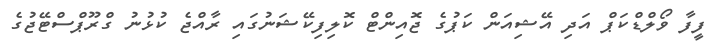
ފީފާ ވޯލްޑްކަޕް އަދި އޭޝިއަން ކަޕުގެ ޖޮއިންޓް ކޮލިފިކޭޝަނުގައި ރާއްޖެ ކުޅުނު ގްރޫޕްސްޓޭޖުގެ